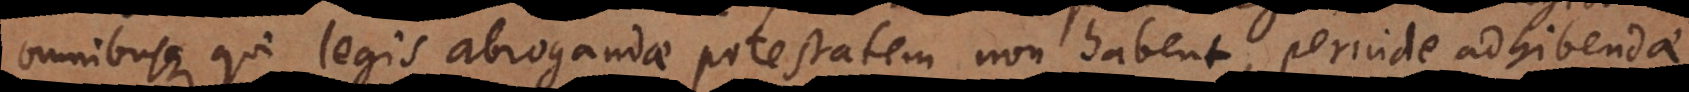
omnibusque qui legis abrogandae potestatem non habent, perinde adhibendae